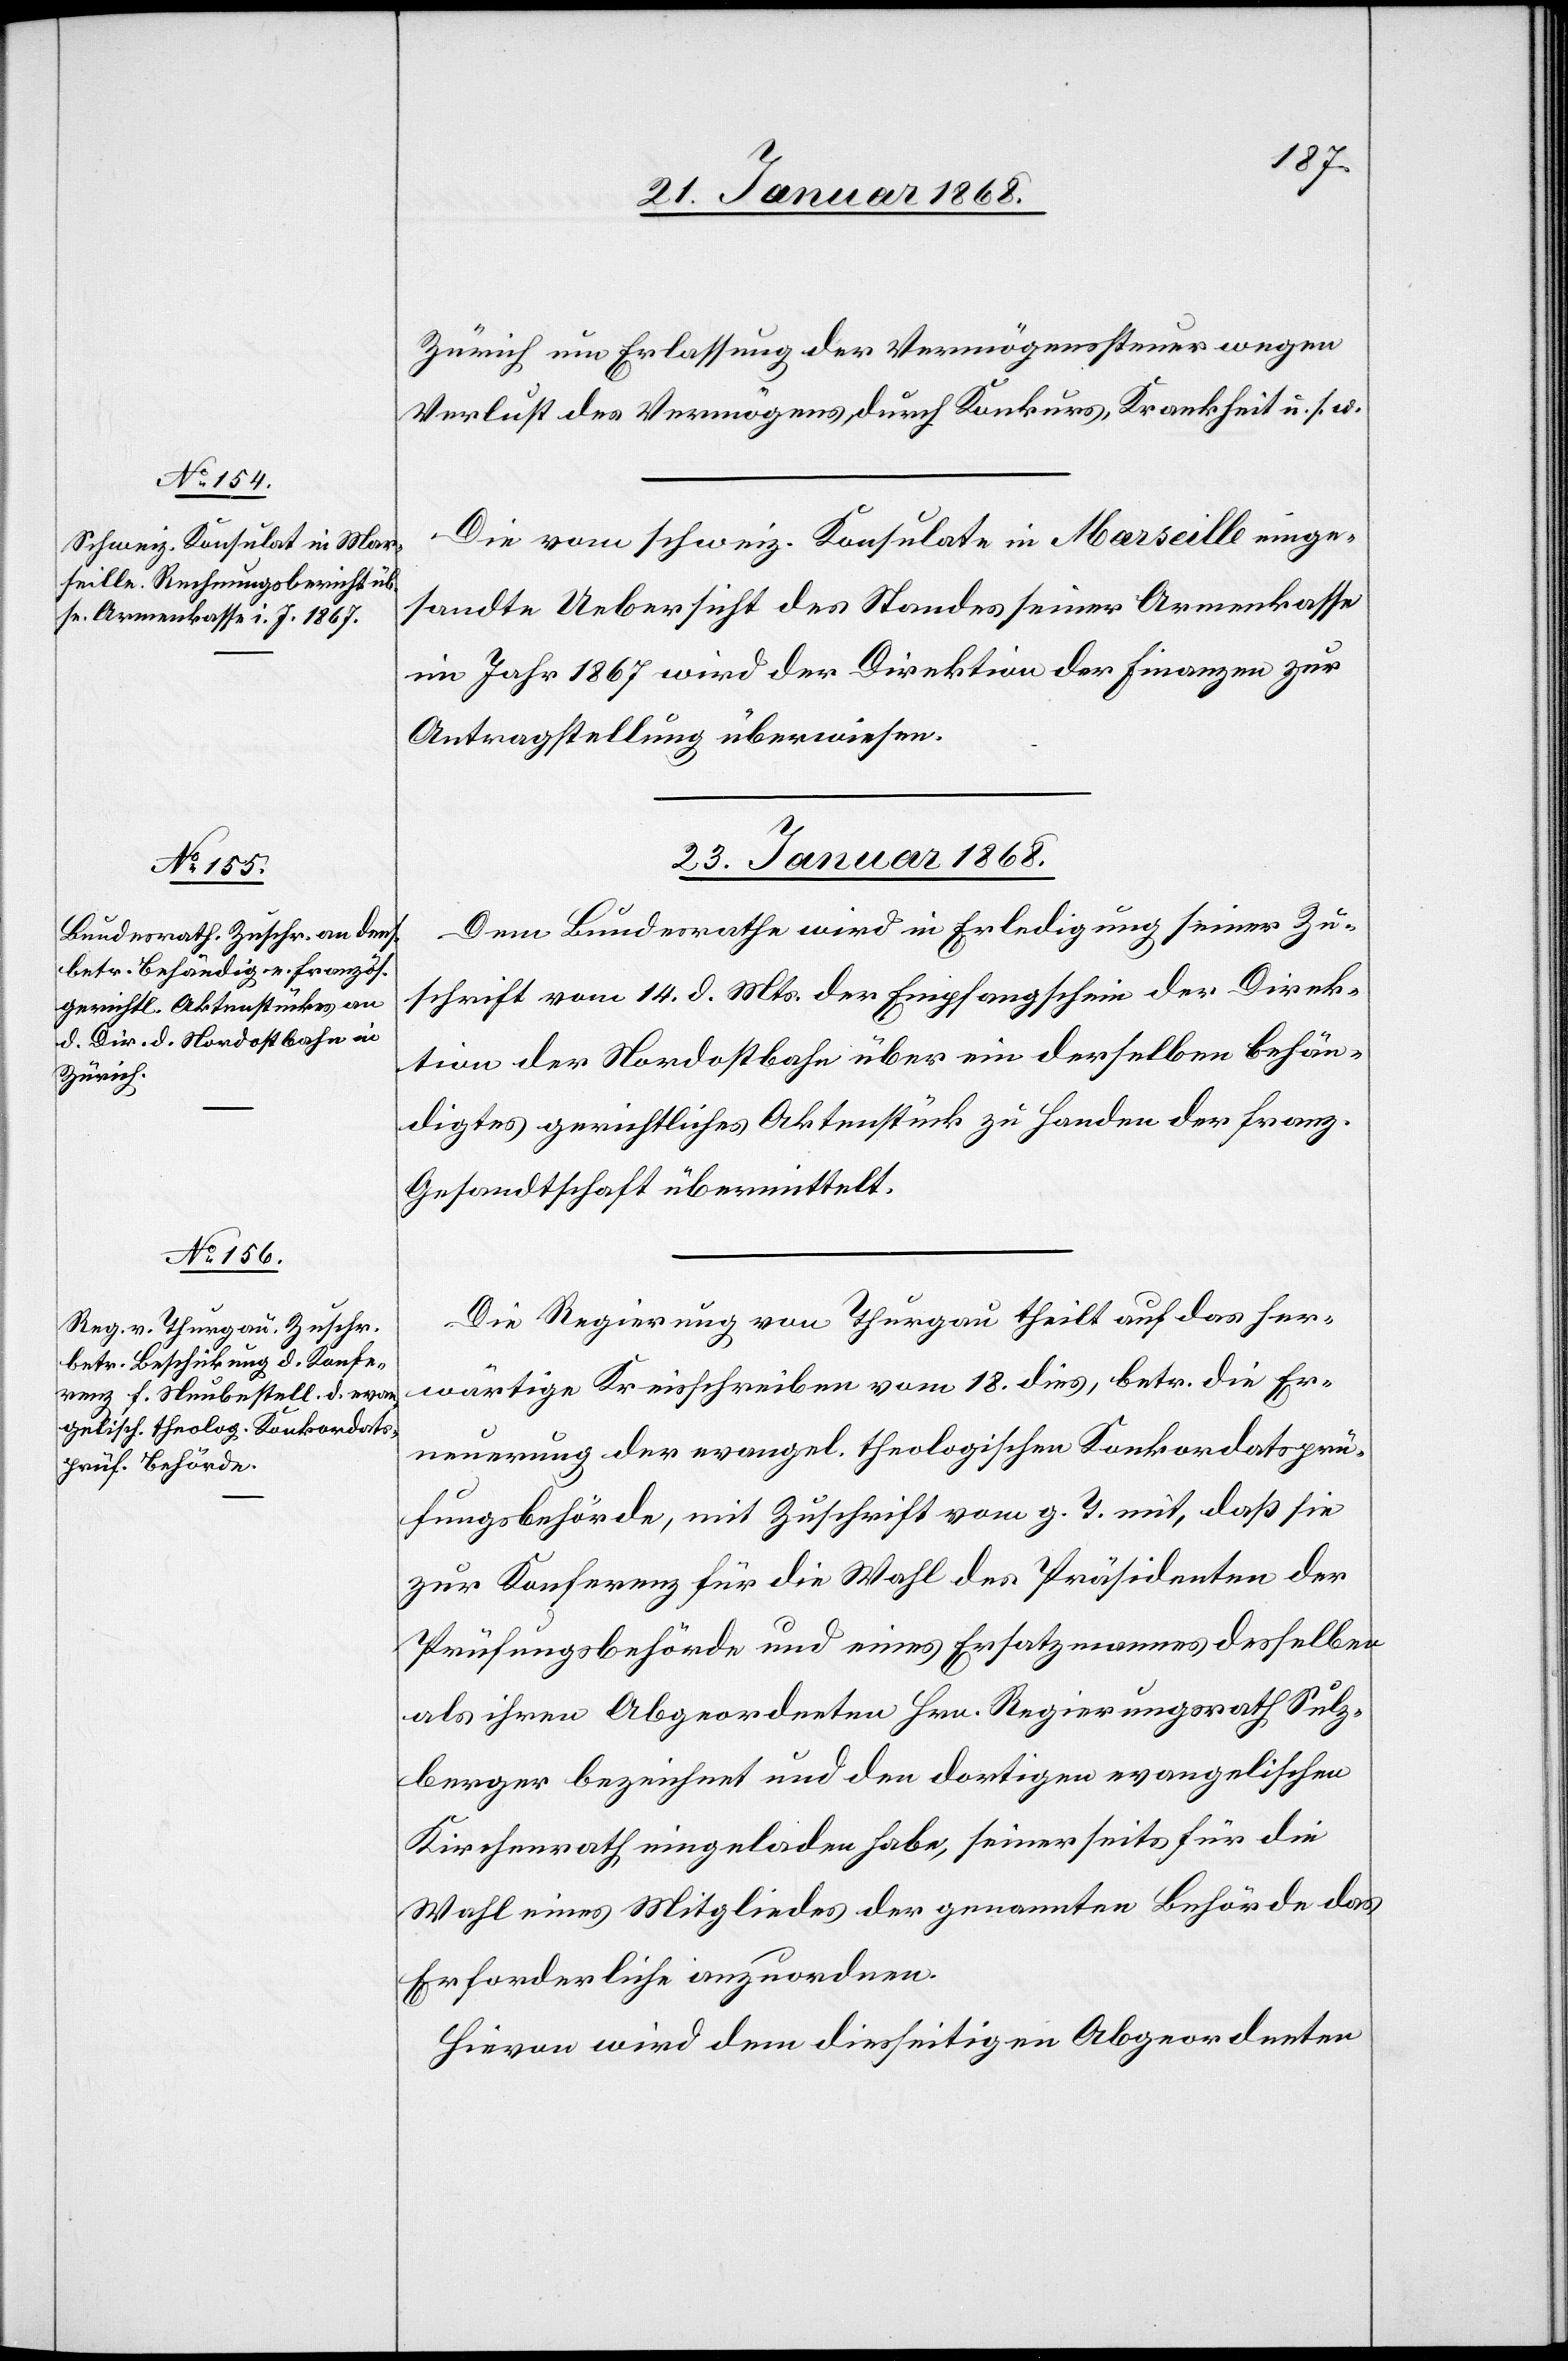
Zürich um Erlassung der Vermögenssteuer wegen
Verlust des Vermögens durch Konkurs, Krankheit u. s. w.
Die vom schweiz. Konsulate in Marseille einge¬
sandte Uebersicht des Standes seiner Armenkasse
im Jahr 1867 wird der Direktion der Finanzen zur
Antragstellung überwiesen.
23. Januar 1868.]
Dem Bundesrathe wird in Erledigung seiner Zu¬
schrift vom 14. d. Mts. der Empfangschein der Direk¬
tion der Nordostbahn über ein derselben behän¬
digtes gerichtliches Aktenstück zu Handen der franz.
Gesandtschaft übermittelt.
Die Regierung von Thurgau theilt auf das her¬
wärtige Kreisschreiben vom 18. dies, betr. die Er¬
neuerung der evangel. theologischen Konkordatsprü¬
fungsbehörde, mit Zuschrift vom g. T. mit, daß sie
zur Konferenz für die Wahl des Präsidenten der
Prüfungsbehörde und eines Ersatzmannes desselben
als ihren Abgeordneten Hrn. Regierungsrath Sulz¬
berger bezeichnet und den dortigen evangelischen
Kirchenrath eingeladen habe, seinerseits für die
Wahl eines Mitgliedes der genannten Behörde das
Erforderliche anzuordnen.
Hievon wird dem diesseitigen Abgeordneten